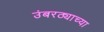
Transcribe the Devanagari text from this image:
उंबरठ्याच्या